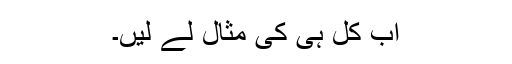
اب کل ہی کی مثال لے لیں۔